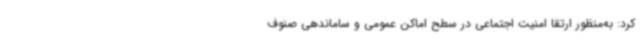
کرد: به‌منظور ارتقا امنیت اجتماعی در سطح اماکن عمومی و ساماندهی صنوف